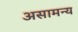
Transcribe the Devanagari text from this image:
असामन्य